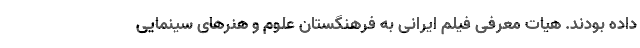
داده بودند. هیات معرفی فیلم ایرانی به فرهنگستان علوم و هنرهای سینمایی